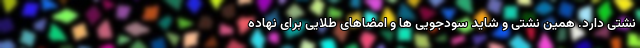
نشتی دارد. همین نشتی و شاید سودجویی ها و امضاهای طلایی برای نهاده